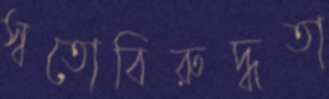
স্বতোবিরুদ্ধতা